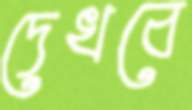
দেখবে